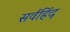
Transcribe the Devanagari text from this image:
सर्वहिंद